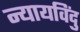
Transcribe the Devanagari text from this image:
न्यायविंदु